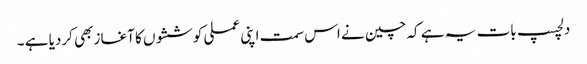
دلچسپ بات یہ ہے کہ چین نے اس سمت اپنی عملی کوششوں کا آغاز بھی کردیا ہے ۔